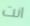
انت